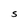
Character: S